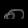
Digit: ၈